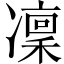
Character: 凜